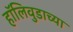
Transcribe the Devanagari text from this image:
हॉलिवुडाच्या